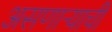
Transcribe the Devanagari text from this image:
असणाऱ्याची